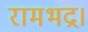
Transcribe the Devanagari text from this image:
रामभद्र।